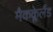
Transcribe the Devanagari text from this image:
मैकक्लेलैंड